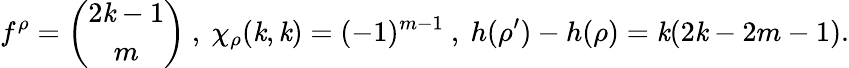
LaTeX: f^{\rho}={\binom{2\mathit{k}-1}{m}}\ ,\ \chi_{\rho}(\mathit{k},\mathit{k})=(-1)^{m-1}\ ,\ h(\rho^{\prime})-h(\rho)=\mathit{k}(2\mathit{k}-2m-1).